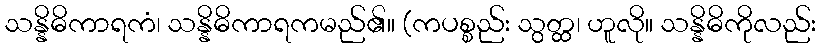
သန္နိဓိကာရကံ၊ သန္နိဓိကာရကမည်၏။ (ကပစ္စည်း သွတ္ထ၊ ဟူလို။ သန္နိဓိကိုလည်း